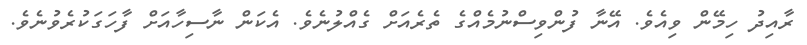
ރާއިދު ހިމޭން ވިއެވެ. އޭނާ ފުންވިސްނުމެއްގެ ތެރެއަށް ގެއްލުނެވެ. އެކަން ނާސިހާއަށް ފާހަގަކުރެވުނެވެ.